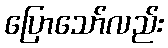
ပြောသော်လည်း